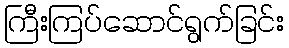
ကြီးကြပ်ဆောင်ရွက်ခြင်း